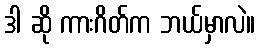
ဒါ ဆို ကားဂိတ်က ဘယ်မှာလဲ။